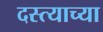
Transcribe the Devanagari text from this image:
दस्त्याच्या